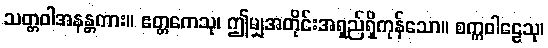
သတ္တဝါအနန္တကား။ ဧတ္တကေသု၊ ဤမျှအတိုင်းအရှည်ရှိကုန်သော။ စက္ကဝါဠေသု၊